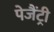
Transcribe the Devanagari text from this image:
पेजैंट्री